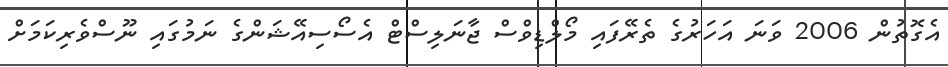
އެގޮތުން 2006 ވަނަ އަހަރުގެ ތެރޭފައި މޯލްޑިވްސް ޖާނަލިސްޓް އެސޯސިއޭޝަންގެ ނަމުގައި ނޫސްވެރިކަމަށް